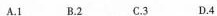
A.1B.2C.3D.4